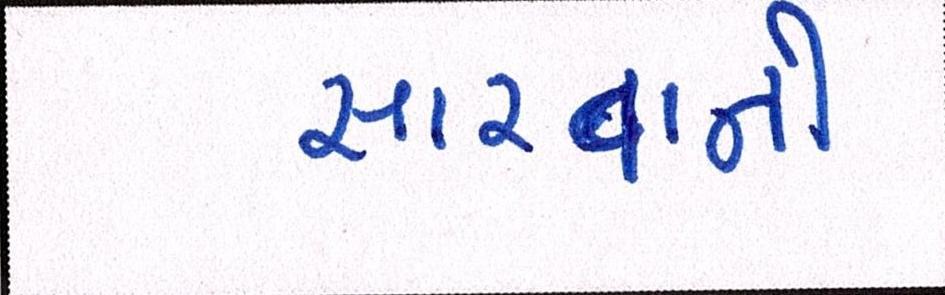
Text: સારવાની